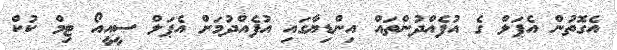
އެގޮތުން އެޕަލް ގެ އުފެއްދުންތައް އިންޑިޔާގައި އުފެއްދުމަށް އެޕަލް ސީއީއޯ ޓިމް ކުކް